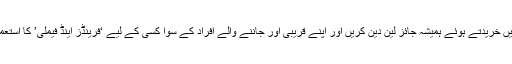
آن لائن چیزیں خریدتے ہوئے ہمیشہ جائز لین دین کریں اور اپنے قریبی اور جاننے والے افراد کے سوا کسی کے لیے ‘فرینڈز اینڈ فیملی’ کا استعمال نہ کریں۔